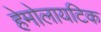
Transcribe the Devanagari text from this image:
हेमोलायटिक